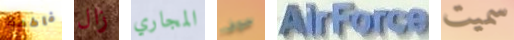
فاطمة زال المجاري سوف AirForce سميت